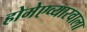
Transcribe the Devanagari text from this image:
होमेएव्‍यारवाला